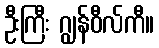
ဦးကြီး ဂျွန်ဝီလ်ကီ။